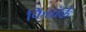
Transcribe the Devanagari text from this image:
किन्नॉर्क